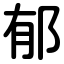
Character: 郁